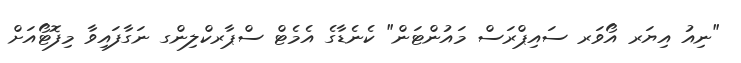
"ނިއު އިޔަރ އޯވަރ ސައިޕްރަސް މައުންޓަން" ކެނެޑާގެ އެމެޓް ސްޕާރކްލިންގ ނަގާފައިވާ މިފޮޓޯއަށް